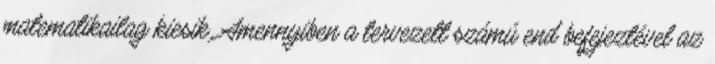
matematikailag kiesik. Amennyiben a tervezett számú end befejeztével az